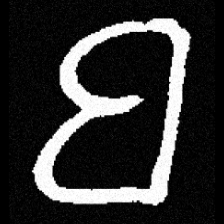
Pyu character \u2014 Myanmar letter: ဗ (romanized: ba)